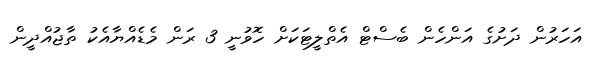
އަހަރުން ދަށުގެ އަންހެން ބެސްޓް އެތްލީޓަކަށް ހޮވުނީ 3 ރަން މެޑެއްޔާއެކު ތާޖުއްދީން